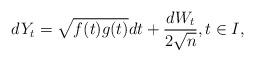
LaTeX: \begin{align*} dY_t=\sqrt{f(t)g(t)}dt+\frac{dW_t}{2\sqrt{n}},t\in I,\end{align*}